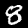
Label: 8